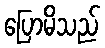
ပြောမိသည်